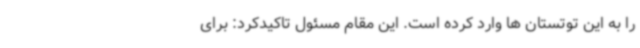
را به این توتستان ها وارد کرده است. این مقام مسئول تاکیدکرد: برای